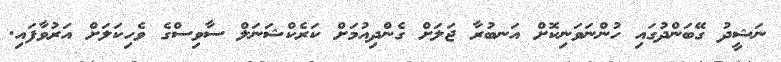
ނަޝީދު ގޭބަންދުގައި ހުންނަވަނިކޮށް އަނބުރާ ޖަލަށް ގެންދިއުމަށް ކަރެކްޝަނަލް ސާވިސްގެ ވެހިކަލަށް އަރުވާފައި.